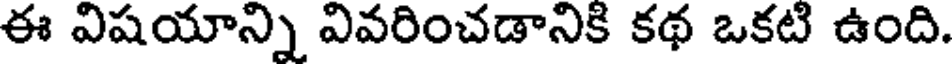
ఈ విషయాన్ని వివరించడానికి కథ ఒకటి ఉంది.